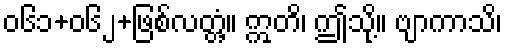
၀၆၁+၀၆၂+ဖြစ်လတ္တံ့။ ဣတိ၊ ဤသို့။ ဗျာကာသိ၊